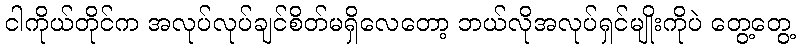
ငါကိုယ်တိုင်က အလုပ်လုပ်ချင်စိတ်မရှိလေတော့ ဘယ်လိုအလုပ်ရှင်မျိုးကိုပဲ တွေ့တွေ့